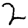
Digit: 2